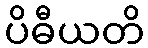
ပိဓီယတိ